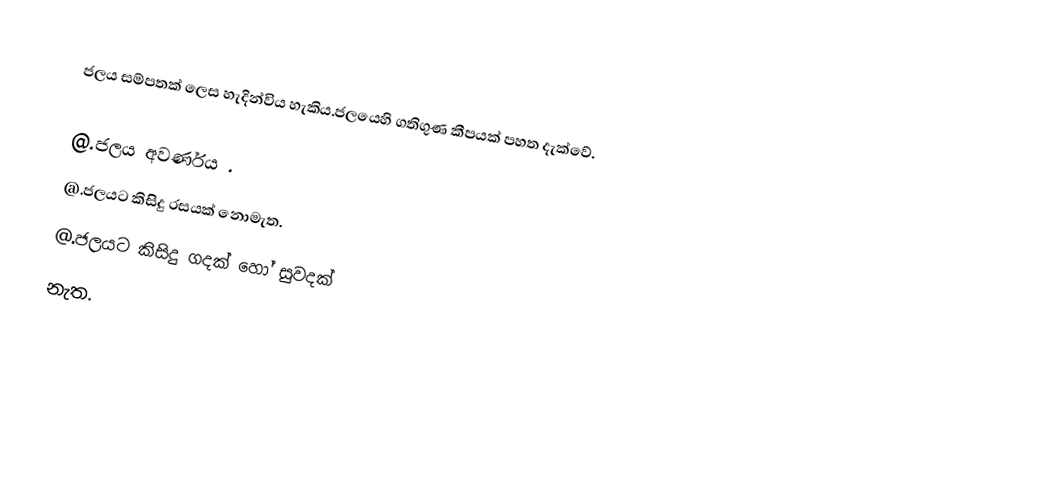
ජලය සම්පතක් ලෙස හැදින්විය හැකිය.ජලයෙහි ගතිගුණ කීපයක් පහත දැක්වේ.

      @.ජලය අවර්ණය .
      @.ජලයට කිසිදු රසයක් නොමැත.
      @.ජලයට කිසිදු ගදක් හෝ සුවදක්
        නැත.